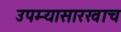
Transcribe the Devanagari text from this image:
उपम्यासारखाच